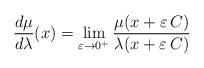
LaTeX: \begin{align*}\frac{d\mu}{d\lambda}(x)=\lim_{\varepsilon \to 0^+} \frac{\mu(x+\varepsilon \, C)}{\lambda(x+\varepsilon \, C)}\end{align*}